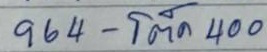
964 - โต๊ด 400